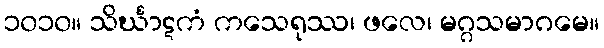
၁၀၁၀။ သိင်္ဃာဋကံ ကသေရုဿ၊ ဖလေ၊ မဂ္ဂသမာဂမေ။